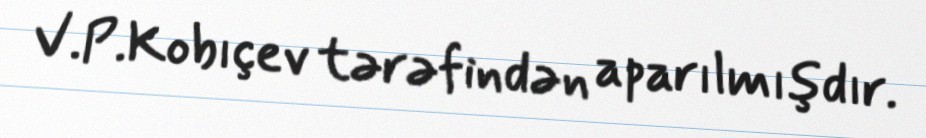
V.P.Kobıçev tərəfindən aparılmışdır.